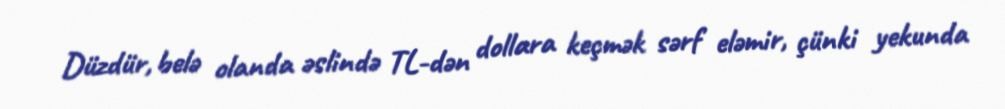
Düzdür, belə olanda əslində TL-dən dollara keçmək sərf eləmir, çünki yekunda